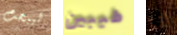
ليبحث طيبين انا